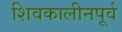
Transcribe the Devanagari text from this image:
शिवकालीनपूर्व